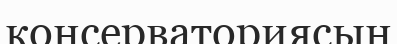
консерваториясын